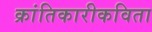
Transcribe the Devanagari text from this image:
क्रांतिकारीकविता